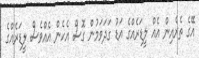
އޭގެ ތެރެއިން އެއް ލީޑަރެއްގެ އަޑު ގަދަވަމުން ގޮސް އެހެން އެއްވެސް ލީޑަރެއްގެ